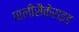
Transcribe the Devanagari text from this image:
पालीसैकेराइड